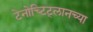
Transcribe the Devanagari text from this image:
टेनोच्टिट्लानच्या